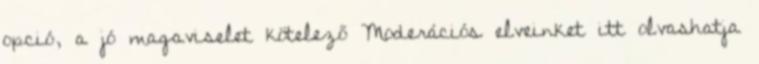
opció, a jó magaviselet kötelező Moderációs elveinket itt olvashatja